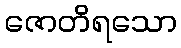
ဇောတိရသော